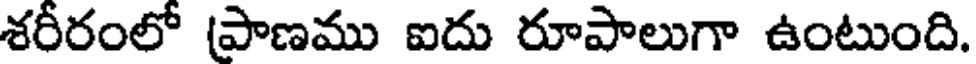
శరీరంలో పాణము ఐదు రూపాలుగా ఉంటుంది.